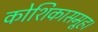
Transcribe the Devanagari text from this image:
कोशिकासमूह।